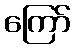
ကြော်